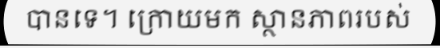
បានទេ។ ក្រោយមក ស្ថានភាពរបស់